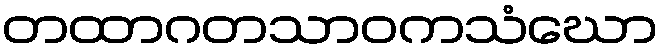
တထာဂတသာဝကသံဃော